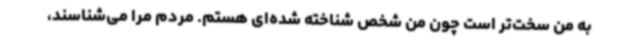
به من سخت‌تر است چون من شخص شناخته‌ شده‌ای هستم. مردم مرا می‌شناسند،